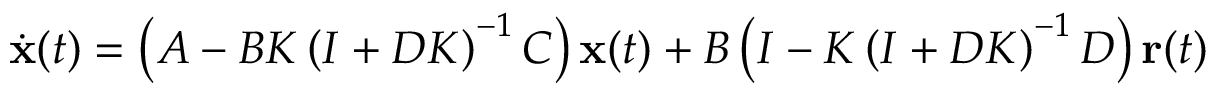
{ \dot { \mathbf { x } } } ( t ) = \left( A - B K \left( I + D K \right) ^ { - 1 } C \right) \mathbf { x } ( t ) + B \left( I - K \left( I + D K \right) ^ { - 1 } D \right) \mathbf { r } ( t )